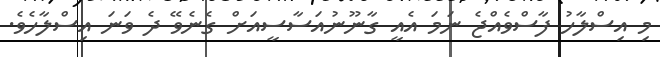
މި އިސްލާހު ފާސްވެއްޖެ ނަމަ އެއީ ގާނޫނުއަސާސީއަށް ގެނެވޭ ދެ ވަނަ އިސްލާހެވެ.